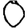
Digit: 0